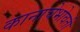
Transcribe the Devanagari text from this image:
कानाचेभोवती